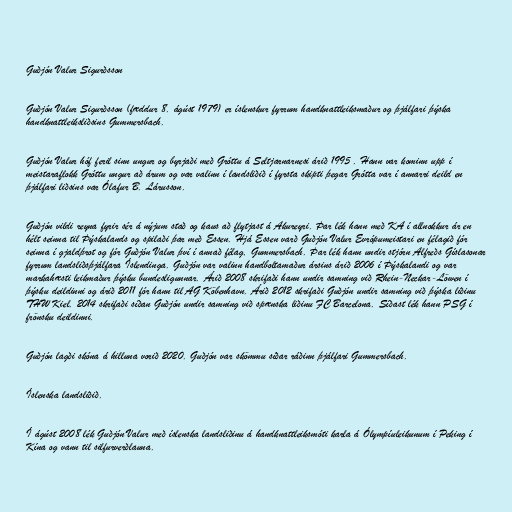
Guðjón Valur Sigurðsson

Guðjón Valur Sigurðsson (fæddur 8. ágúst 1979) er íslenskur fyrrum handknattleiksmaður og þjálfari þýska
handknattleiksliðsins Gummersbach.

Guðjón Valur hóf feril sinn ungur og byrjaði með Gróttu á Seltjarnarnesi árið 1995 . Hann var kominn upp í
meistaraflokk Gróttu ungur að árum og var valinn í landsliðið í fyrsta skipti þegar Grótta var í annarri deild en
þjálfari liðsins var Ólafur B. Lárusson.

Guðjón vildi reyna fyrir sér á nýjum stað og kaus að flytjast á Akureyri. Þar lék hann með KA í allnokkur ár en
hélt seinna til Þýskalands og spilaði þar með Essen. Hjá Essen varð Guðjón Valur Evrópumeistari en félagið fór
seinna í gjaldþrot og fór Guðjón Valur því í annað félag, Gummersbach. Þar lék hann undir stjórn Alfreðs Gíslasonar
fyrrum landsliðsþjálfara Íslendinga. Guðjón var valinn handboltamaður ársins árið 2006 í Þýskalandi og var
markahæsti leikmaður þýsku bundesligunnar. Árið 2008 skrifaði hann undir samning við Rhein-Neckar-Löwen í
þýsku deildinni og árið 2011 fór hann til AG Köbenhavn. Árið 2012 skrifaði Guðjón undir samning við þýska liðinu
THW Kiel. 2014 skrifaði síðan Guðjón undir samning við spænska liðinu FC Barcelona. Síðast lék hann PSG í
frönsku deildinni.

Guðjón lagði skóna á hilluna vorið 2020. Guðjón var skömmu síðar ráðinn þjálfari Gummersbach.

Íslenska landsliðið.

Í ágúst 2008 lék Guðjón Valur með íslenska landsliðinu á handknattleiksmóti karla á Ólympíuleikunum í Peking í
Kína og vann til silfurverðlauna.